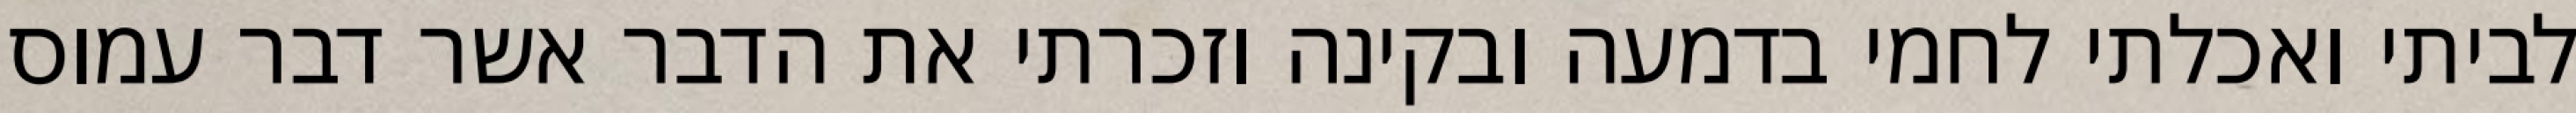
לביתי ואכלתי לחמי בדמעה ובקינה וזכרתי את הדבר אשר דבר עמוס